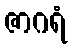
ဇာဂရံ